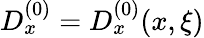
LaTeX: D_{x}^{(0)}=D_{x}^{(0)}(x,\xi)